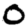
Digit: 0